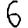
Digit: 6